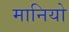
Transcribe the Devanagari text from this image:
मानियो